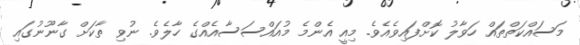
މަސައްކަތްތައް ހަވާލު ކޮށްފައިވެއެވެ. މިއީ އެންމެ މުއައްސަސާއެއްގެ ހާލެވެ. ނުވި ތާކަށް ގާނޫނުގައި